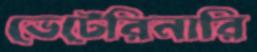
ভেটেরিনারি